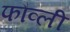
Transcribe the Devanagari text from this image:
फौव्ली